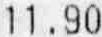
11.90